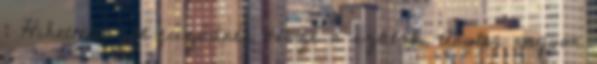
: Hihetetlen jól fűződnek össze a szálak, tényleg nagyon